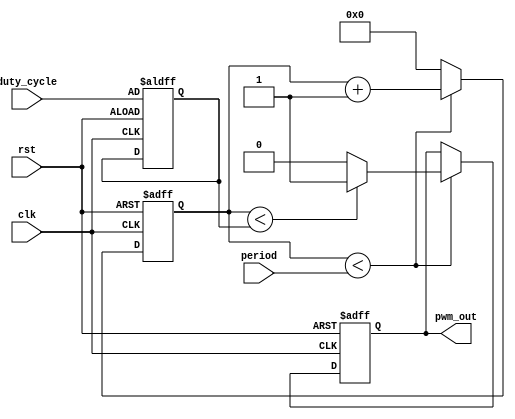
module pwm_timer (
    input wire clk, // system clock input
    input wire rst, // reset signal input
    input wire [7:0] period, // programmable period input
    input wire [7:0] duty_cycle, // programmable duty cycle input
    output reg pwm_out // PWM output signal
);

reg [7:0] counter;
reg [7:0] comparator;

always @(posedge clk or posedge rst) begin
    if (rst) begin
        counter <= 8'b0;
        comparator <= duty_cycle;
        pwm_out <= 1'b0;
    end else begin
        if (counter < period) begin
            counter <= counter + 1;
            if (counter < comparator) begin
                pwm_out <= 1'b1;
            end else begin
                pwm_out <= 1'b0;
            end
        end else begin
            counter <= 8'b0;
        end
    end
end

endmodule